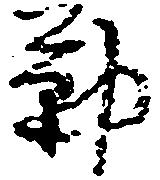
勤